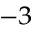
^ { - 3 }